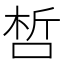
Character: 𠵍